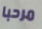
مرحبا